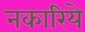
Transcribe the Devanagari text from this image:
नकारिये